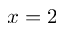
x = 2